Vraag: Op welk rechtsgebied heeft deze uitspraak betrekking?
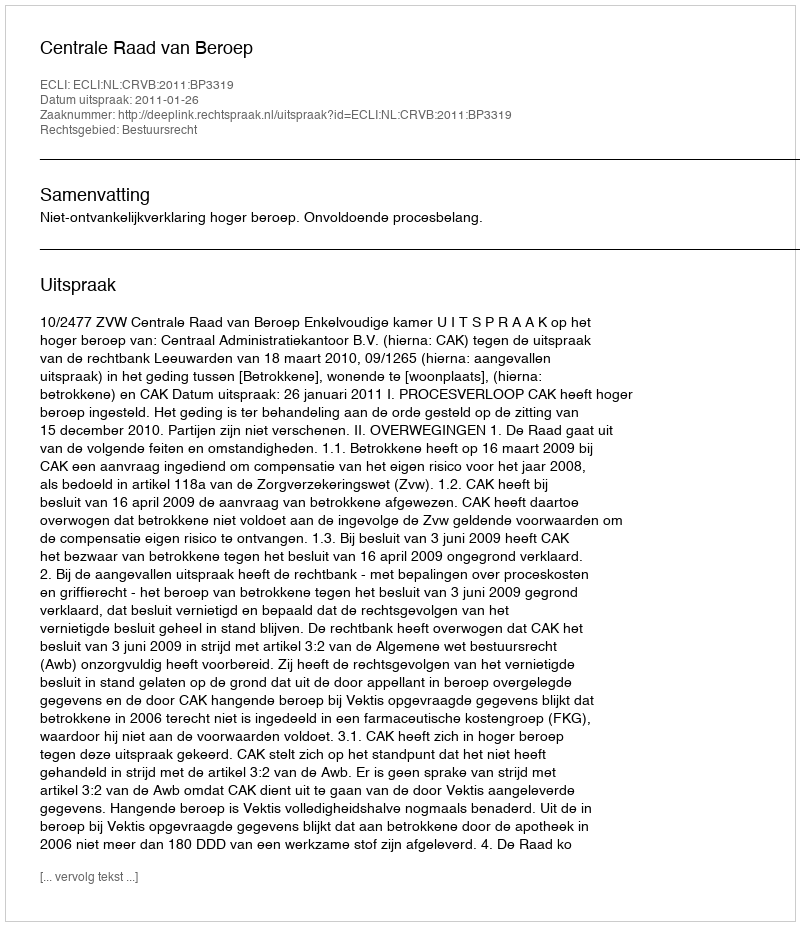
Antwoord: Bestuursrecht